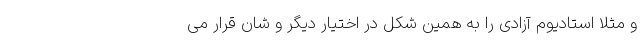
و مثلاً استادیوم آزادی را به همین شکل در اختیار دیگر و شان قرار می